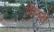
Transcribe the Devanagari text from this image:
भिनते